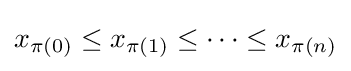
x_{\pi (0)}\leq x_{\pi (1)}\leq \dots \leq x_{\pi (n)}